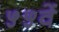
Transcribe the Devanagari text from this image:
५५वें